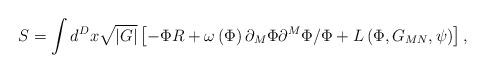
LaTeX: \begin{align*}S=\int d^Dx\sqrt{\left| G\right| }\left[ -\Phi R+\omega \left( \Phi \right)\partial _M\Phi \partial ^M\Phi /\Phi +L\left( \Phi ,G_{MN},\psi \right)\right] , \end{align*}